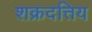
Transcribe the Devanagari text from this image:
शक्रदत्तिय